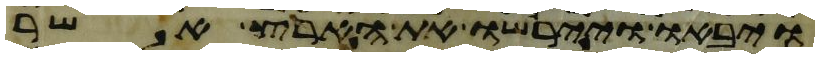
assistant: ויבאו ויירשו את הארץ אשר